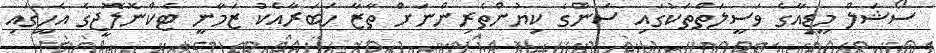
ސޯޝަލް މީޑިއާގެ ވަސީލަތްތަކުގައި ސަންގެ ކިޔުންތެރިންނަށް ތާޒާ ހަބަރާއެކު ޒަމާނީ ޓެކްނޮލޮޖީގެ އެހީގައި